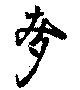
麦